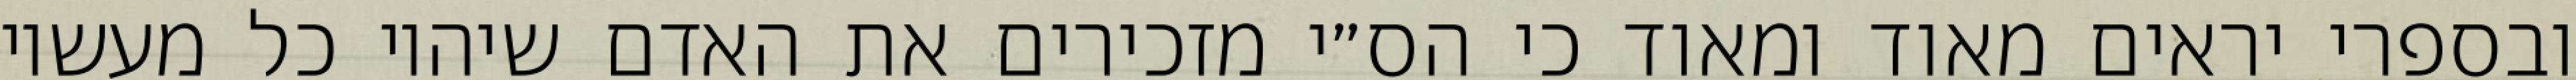
ובספרי יראים מאוד ומאוד כי הס״י מזכירים את האדם שיהיו כל מעשיו